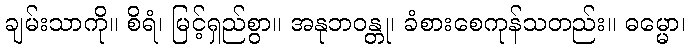
ချမ်းသာကို။ စိရံ၊ မြင့်ရှည်စွာ။ အနုဘဝန္တု၊ ခံစားစေကုန်သတည်း။ ဓမ္မော၊